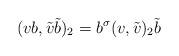
LaTeX: \begin{align*} (v b, \tilde{v} \tilde{b})_2=b^\sigma (v,\tilde{v})_2 \tilde{b}\end{align*}